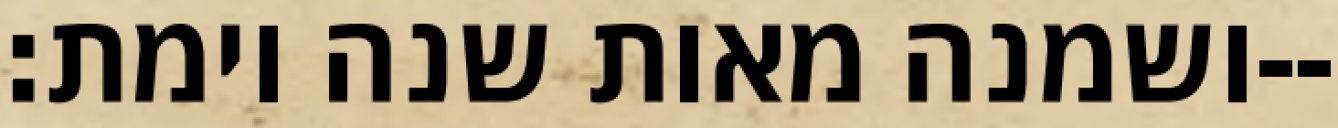
ושמנה מאות שנה וימת׃--